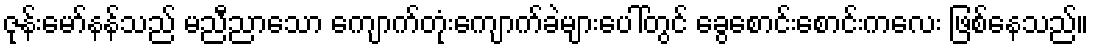
ဇုန်းမော်နန်သည် မညီညာသော ကျောက်တုံးကျောက်ခဲများပေါ်တွင် ခွေစောင်းစောင်းကလေး ဖြစ်နေသည်။